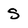
Character: S